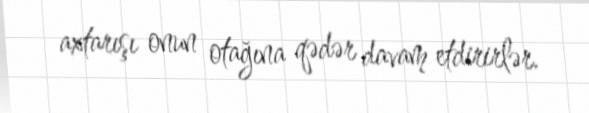
axtarışı onun otağına qədər davam etdirirlər.